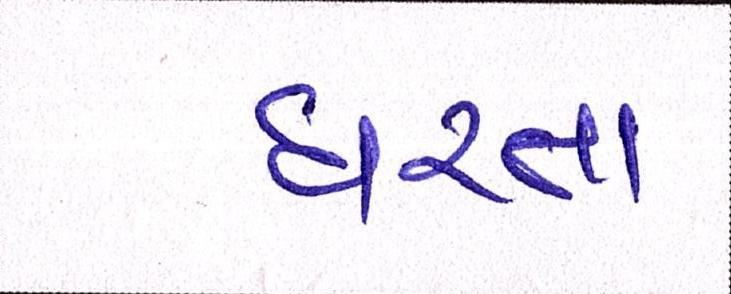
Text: ધરતા